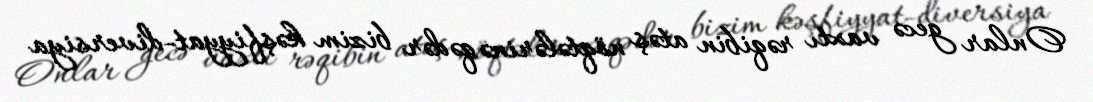
Onlar gecə vaxtı rəqibin atəş nöqtələrinə qədər bizim kəşfiyyat-diversiya